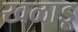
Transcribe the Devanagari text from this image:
खळाडू